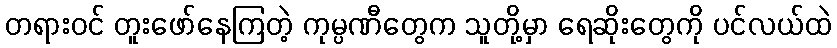
တရားဝင် တူးဖော်နေကြတဲ့ ကုမ္ပဏီတွေက သူတို့မှာ ရေဆိုးတွေကို ပင်လယ်ထဲ